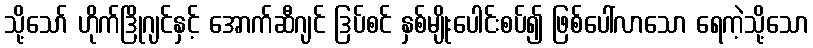
သို့သော် ဟိုက်ဒြိုဂျင်နှင့် အောက်ဆီဂျင် ဒြပ်စင် နှစ်မျိုးပေါင်းစပ်၍ ဖြစ်ပေါ်လာသော ရေကဲ့သို့သော